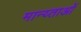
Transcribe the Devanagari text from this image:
मान्य्ताओं